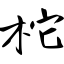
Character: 柁